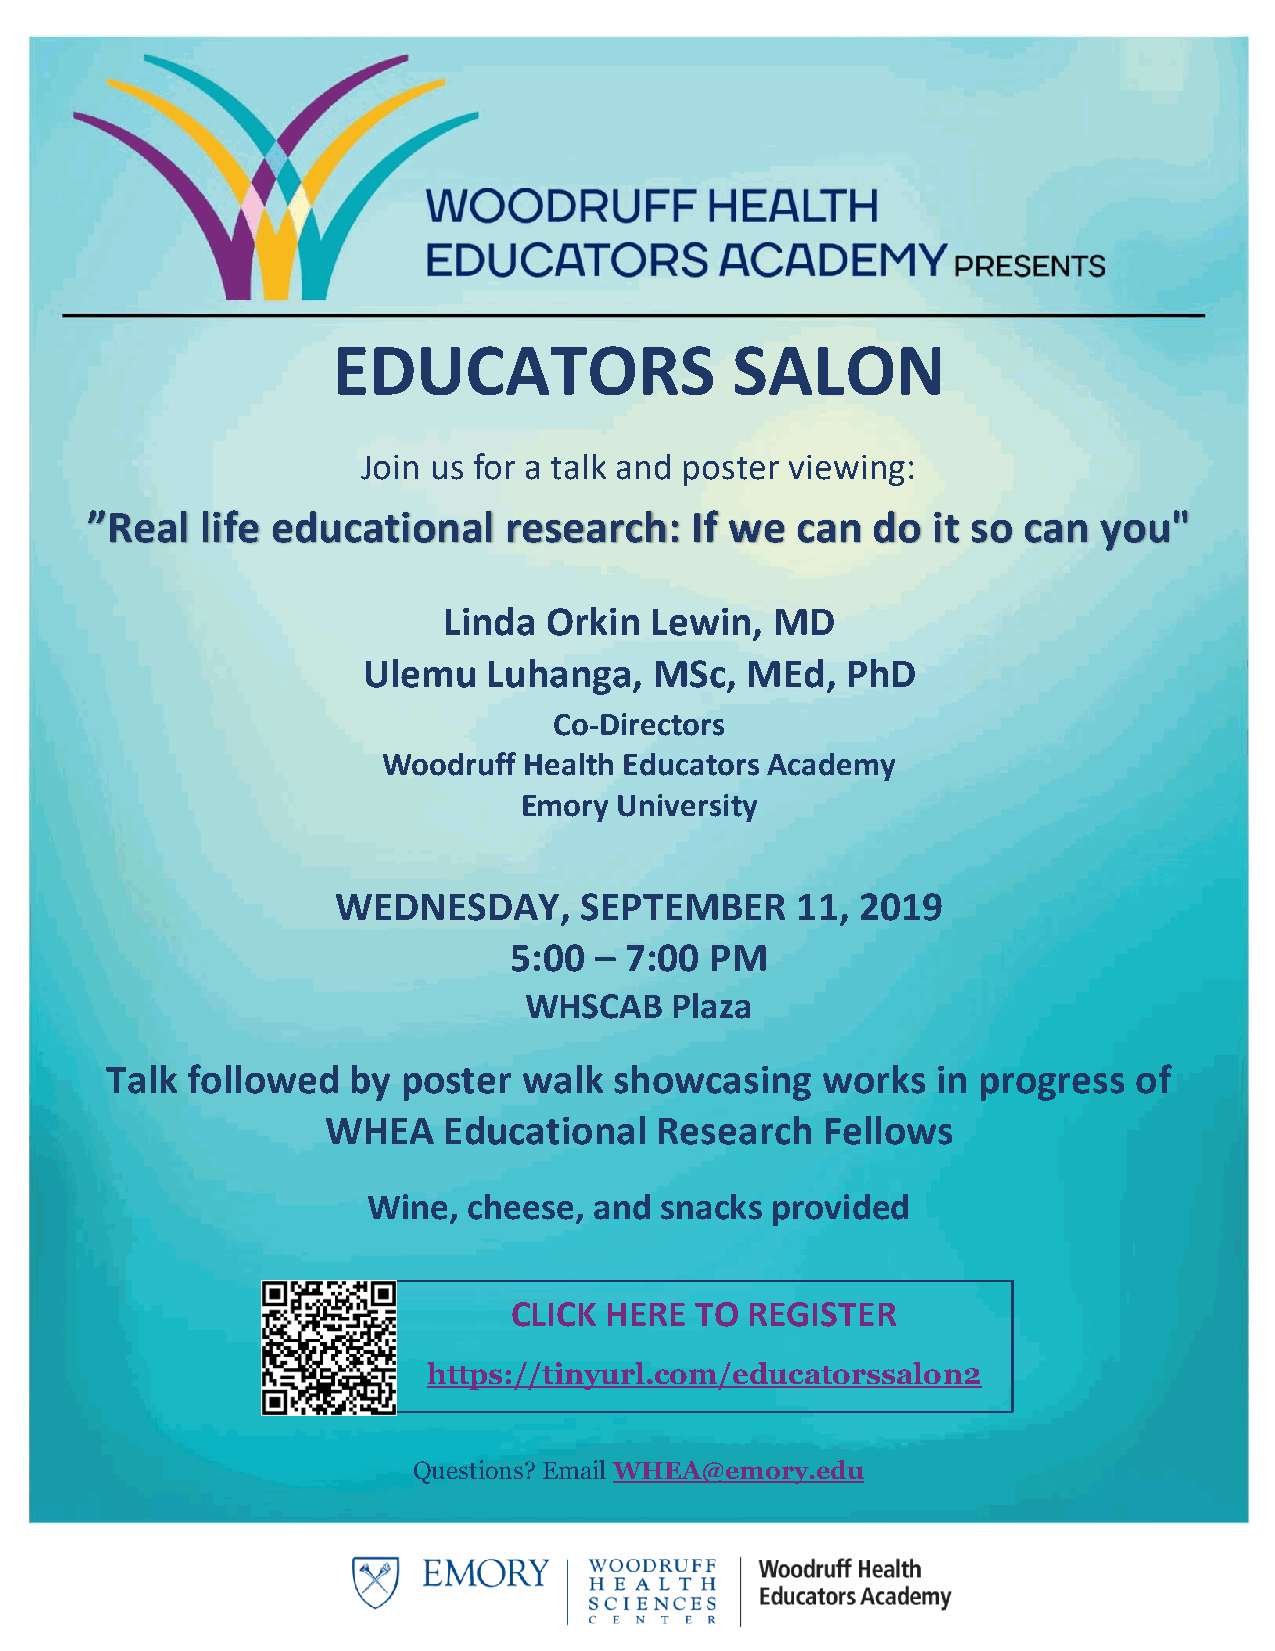
EDUCATORS                 SALON
 Join us for a talk an d poster viewing:
 ”Real  life educational    research:    If we  can  do  it so can  you"
 Linda  Orkin  Lewin,  MD
 Ulemu   Luhanga,   MSc,  MEd,   PhD
 Co-Directors
 Woodruff  Health Educators Academy
 Emory  University
 WEDNESDAY,      SEPTEMBER      11, 2019
 5:00 – 7:00  PM
 WHSCAB   Plaza
 Talk followed   by  poster  walk  showcasing   works   in progress  of
 WHEA    Educational   Research   Fellows
 Wine,  cheese, and  snacks provided
 CLICK HERE  TO REGISTER
 https://tinyurl.com/educatorssalon2
 Questions? Email WHEA@emory.edu